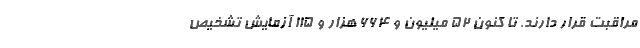
مراقبت قرار دارند. تا کنون ۵۲ میلیون و ۶۶۴ هزار و ۱۱۵ آزمایش تشخیص